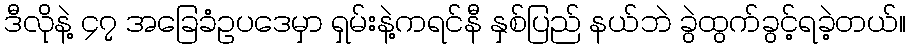
ဒီလိုနဲ့ ၄၇ အခြေခံဥပဒေမှာ ရှမ်းနဲ့ကရင်နီ နှစ်ပြည် နယ်ဘဲ ခွဲထွက်ခွင့်ရခဲ့တယ်။